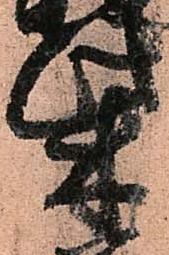
柴